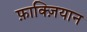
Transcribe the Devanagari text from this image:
फ़ाक्ज़ियान